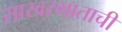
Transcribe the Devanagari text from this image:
साखरभाताची